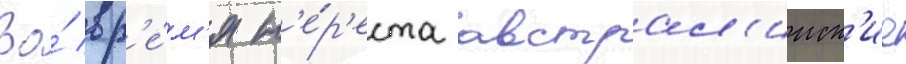
Во́ вр'е́м'я н'е́р'еста австрал'ииск'ие